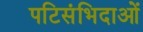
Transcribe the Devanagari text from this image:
पटिसंभिदाओं